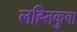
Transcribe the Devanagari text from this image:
लह्तिकुवा